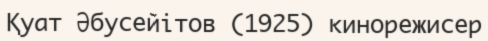
Қуат Әбусейітов (1925) кинорежисер